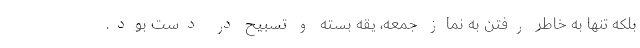
بلکه تنها به خاطر رفتن به نماز جمعه، یقه بسته و تسبیح در دست بود.